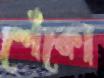
শেঁকো